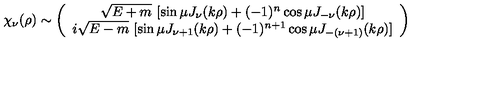
\chi _ { \nu } ( \rho ) \sim \left( \begin{array} { c } { \sqrt { E + m } \ [ \sin \mu J _ { \nu } ( k \rho ) + ( - 1 ) ^ { n } \cos \mu J _ { - \nu } ( k \rho ) ] } \\ { i \sqrt { E - m } \ [ \sin \mu J _ { \nu + 1 } ( k \rho ) + ( - 1 ) ^ { n + 1 } \cos \mu J _ { - ( \nu + 1 ) } ( k \rho ) ] } \\ \end{array} \right)